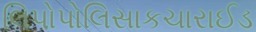
લિપોપોલિસાકચારાઈડ